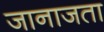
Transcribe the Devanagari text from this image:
जानाजता